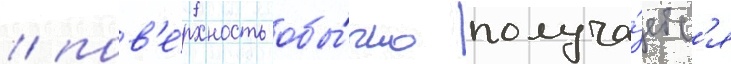
/ пов'е́рхность обы́чно получа́етс'я